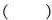
()